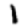
Digit: 1